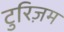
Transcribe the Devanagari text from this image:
टुरिज़म